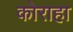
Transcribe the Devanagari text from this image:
कोराहा